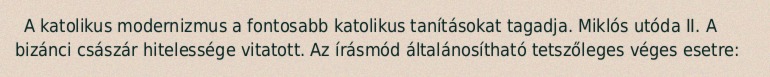
A katolikus modernizmus a fontosabb katolikus tanításokat tagadja. Miklós utóda II. A bizánci császár hitelessége vitatott. Az írásmód általánosítható tetszőleges véges esetre: